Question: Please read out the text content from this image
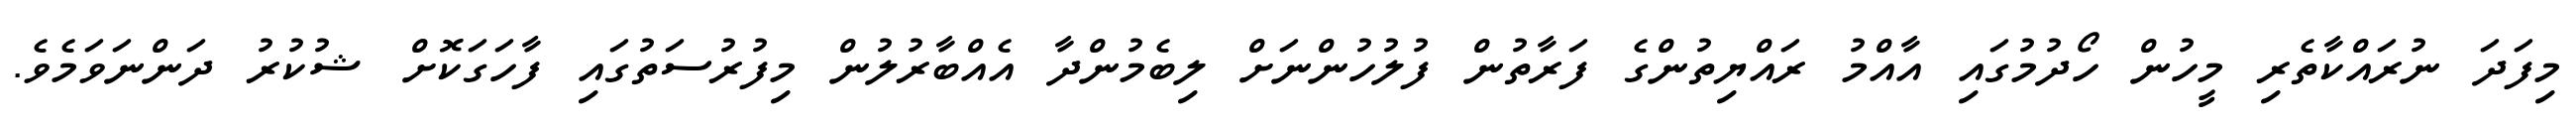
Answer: މިފަދަ ނުރައްކާތެރި މީހުން ހޯދުމުގައި އާއްމު ރައްޔިތުންގެ ފަރާތުން ފުލުހުންނަށް ލިބެމުންދާ އެއްބާރުލުން މިފުރުސަތުގައި ފާހަގަކޮށް ޝުކުރު ދަންނަވަމެވެ.